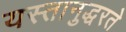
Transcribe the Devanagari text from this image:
यस्तानुद्धरते